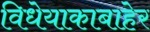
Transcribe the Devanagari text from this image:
विधेयाकाबाहेर